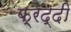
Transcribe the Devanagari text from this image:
फ्रेद्दी